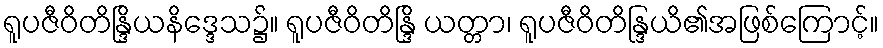
ရူပဇီဝိတိန္ဒြိယနိဒ္ဒေသ၌။ ရူပဇီဝိတိန္ဒြိ ယတ္တာ၊ ရူပဇီဝိတိန္ဒြယိ၏အဖြစ်ကြောင့်။